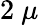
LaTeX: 2~\mu